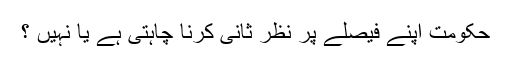
حکومت اپنے فیصلے پر نظر ثانی کرنا چاہتی ہے یا نہیں ؟